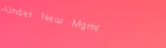
Under New Mgmt